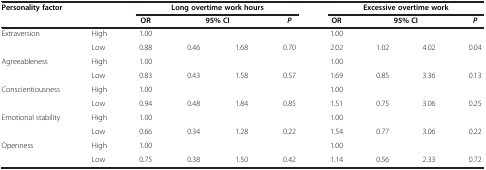
| Personality factor |  | <COLSPAN=4> Long overtime work hours | <COLSPAN=4> Excessive overtime work |
 |  |  | OR | <COLSPAN=2> 95% CI | P | OR | <COLSPAN=2> 95% CI | P |
 | --- | --- | --- | --- | --- | --- | --- | --- | --- | --- |
 | Extraversion | High | 1.00 |  |  |  | 1.00 |  |  |  |
 |  | Low | 0.88 | 0.46 | 1.68 | 0.70 | 2.02 | 1.02 | 4.02 | 0.04 |
 | Agreeableness | High | 1.00 |  |  |  | 1.00 |  |  |  |
 |  | Low | 0.83 | 0.43 | 1.58 | 0.57 | 1.69 | 0.85 | 3.36 | 0.13 |
 | Conscientiousness | High | 1.00 |  |  |  | 1.00 |  |  |  |
 |  | Low | 0.94 | 0.48 | 1.84 | 0.85 | 1.51 | 0.75 | 3.06 | 0.25 |
 | Emotional stability | High | 1.00 |  |  |  | 1.00 |  |  |  |
 |  | Low | 0.66 | 0.34 | 1.28 | 0.22 | 1.54 | 0.77 | 3.06 | 0.22 |
 | Openness | High | 1.00 |  |  |  | 1.00 |  |  |  |
 |  | Low | 0.75 | 0.38 | 1.50 | 0.42 | 1.14 | 0.56 | 2.33 | 0.72 |